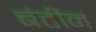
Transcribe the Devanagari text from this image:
बंटीन